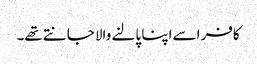
کافر اسے اپنا پالنے والا جانتے تھے۔